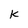
Character: K